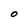
Character: O